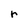
Character: r